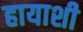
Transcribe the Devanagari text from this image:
हायाशी